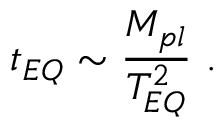
t _ { E Q } \sim \frac { M _ { p l } } { T _ { E Q } ^ { 2 } } \ .